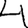
Digit: 4